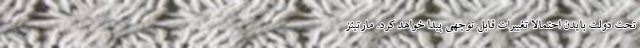
تحت دولت بایدن احتمالا تغییرات قابل توجهی پیدا خواهد کرد. مارتینز